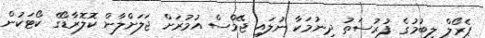
ޕެރޯލް ލިބުމުގެ ފުރުސަތު ދިނުމަކާ ނުލައި ޖޭމްސް އުމުރަށް ޖަލަށްލާން ކޮލޮރާޑޯގެ ކޯޓަކުން